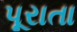
પૂરાતા